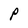
Character: P